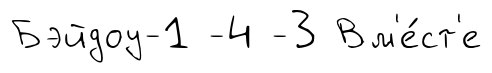
Бэйдоу-1 -4 -3 Вм'е́ст'е